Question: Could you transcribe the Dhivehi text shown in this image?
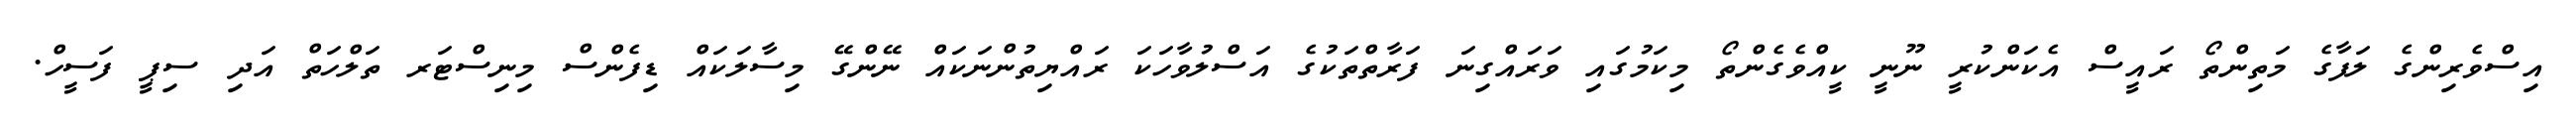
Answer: އިސްވެރިންގެ ލަފާގެ މަތިންތޯ ރައީސް އެކަންކުރީ ނޫނީ ކީއްވެގެންތޯ މިކަމުގައި ވަރައްގިނަ ފަރާތްތަކުގެ އަސްލުވާހަކަ ރައްޔިތުންނަކައް ނޭންގޭ މިސާލަކައް ޑިފެންސް މިނިސްޓަރ ތަލްހަތް އަދި ސިޕީ ފަސީހް.